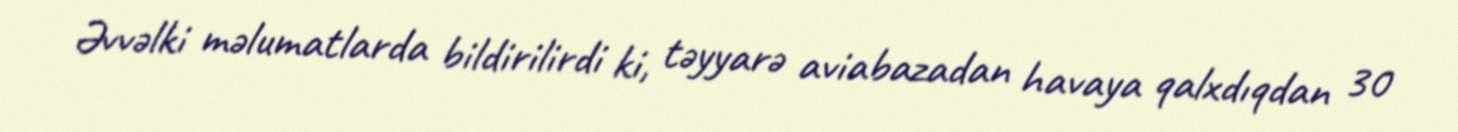
Əvvəlki məlumatlarda bildirilirdi ki, təyyarə aviabazadan havaya qalxdıqdan 30